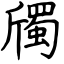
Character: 斶